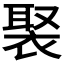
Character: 𧚿